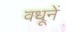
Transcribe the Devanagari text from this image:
वधूनें